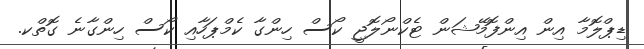
ޑިޕްލޮމާ އިން އިންފޮމޭޝަން ޓެކްނޯލޮޖީ ކޯސް ހިންގާ ކެމްޕަހާއި ކޯސް ހިންގާނެ ގޮތްކ.